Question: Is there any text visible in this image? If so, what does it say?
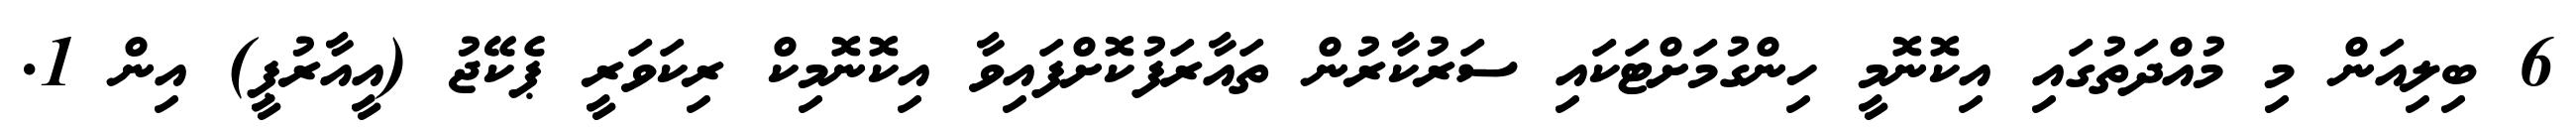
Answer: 6 ބިލިއަން މި މުއްދަތުގައި އިކޮނޮމީ ހިންގުމަށްޓަކައި ސަރުކާރުން ތައާރަފުކޮށްފައިވާ އިކޮނޮމިކް ރިކަވަރީ ޕެކޭޖު (އީއާރުޕީ) އިން 1.